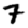
Digit: 7